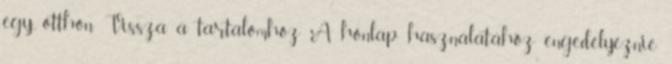
egy otthon Vissza a tartalomhoz A honlap használatához engedélyeznie